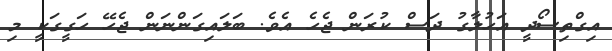
އިގްތިސޯދީ އަހުލާގު ދަސް ކުރަން ޖެހެ އެވެ. ބަލައިގަންނަން ޖެހޭ ހަގީގަކީ މި